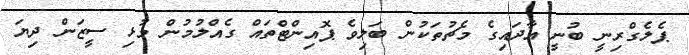
ޕެލެގްރިނީ ބުނީ އާދައިގެ މެޗުތަކުން ބަލިވެ ޕޮއިންޓްތައް ގެއްލުމުން މުޅި ސީޒަން ދިޔަ